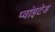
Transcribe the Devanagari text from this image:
प्वांइटेड